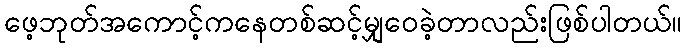
ဖေ့ဘုတ်အကောင့်ကနေတစ်ဆင့်မျှဝေခဲ့တာလည်းဖြစ်ပါတယ်။